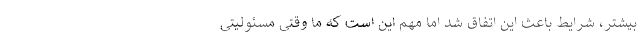
بیشتر، شرایط باعث این اتفاق شد اما مهم این است که ما وقتی مسئولیتی